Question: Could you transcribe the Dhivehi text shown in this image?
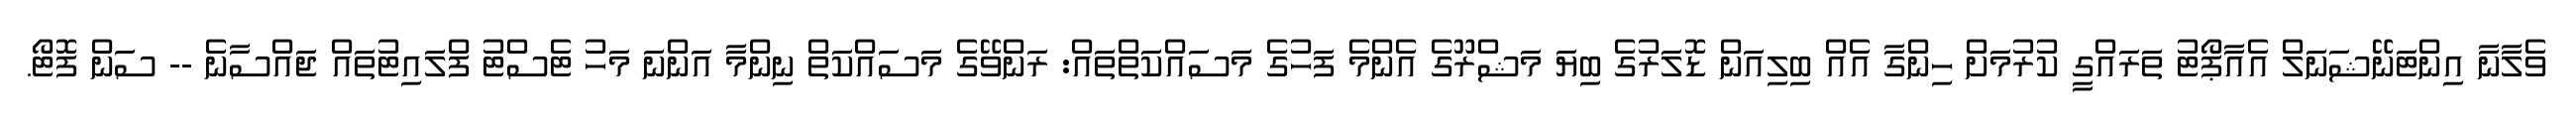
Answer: ވެލާނާ އިންޓަނޭޝަނަލް އެއާޕޯޓު ތަރައްގީ ކުރުމަށް ހިންގާ އެއް ބިލިއަން ޑޮލަރުގެ ބިޔަ މަޝްރޫގެ އެންމެ ފަހުގެ މަސައްކަތްތައް: ރަންވޭގެ މަސައްކަތް ނިންމާ އަންނަ މަހު ޓެސްޓު ފްލައިޓުތައް ޖައްސާނެ -- ސަން ފޮޓޯ.